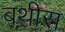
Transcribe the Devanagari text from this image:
बथीरा